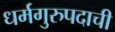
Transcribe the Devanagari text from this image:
धर्मगुरुपदाची